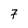
Character: 7